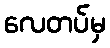
လေတပ်မှ